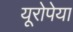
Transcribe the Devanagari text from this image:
यूरोपेया